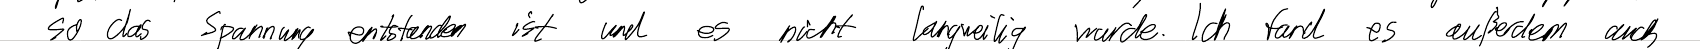
so das Spannung entstanden ist und es nicht langweilig wurde. Ich fand es außerdem auch